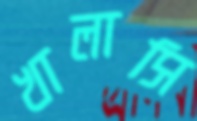
খালাসি